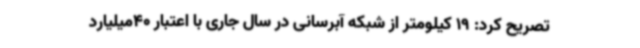
تصریح کرد: 19 کیلومتر از شبکه آبرسانی در سال جاری با اعتبار 40میلیارد